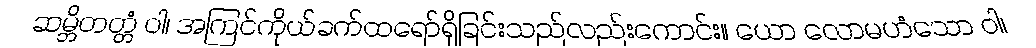
ဆမ္ဘိတတ္တံ ဝါ၊ အကြင်ကိုယ်ခက်ထရော်ရှိခြင်းသည်လည်းကောင်း။ ယော လောမဟံသော ဝါ၊